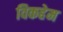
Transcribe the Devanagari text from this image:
विकहेम